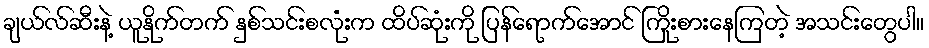
ချယ်လ်ဆီးနဲ့ ယူနိုက်တက် နှစ်သင်းစလုံးက ထိပ်ဆုံးကို ပြန်ရောက်အောင် ကြိုးစားနေကြတဲ့ အသင်းတွေပါ။